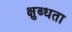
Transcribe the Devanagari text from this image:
क्षुब्धता